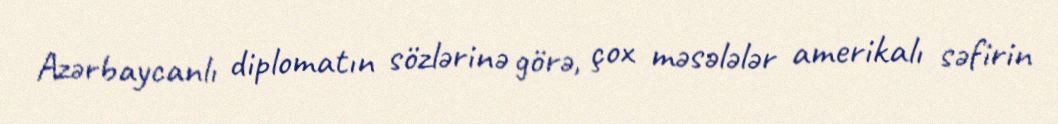
Azərbaycanlı diplomatın sözlərinə görə, çox məsələlər amerikalı səfirin